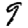
Digit: 9